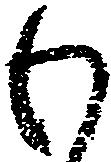
わ